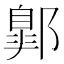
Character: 𨝲